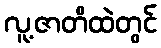
လူ့ဇာတိထဲတွင်